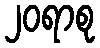
၂၀ရာစု